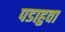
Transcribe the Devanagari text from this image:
पडाहुवा